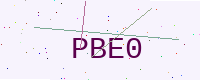
Text: PBE0